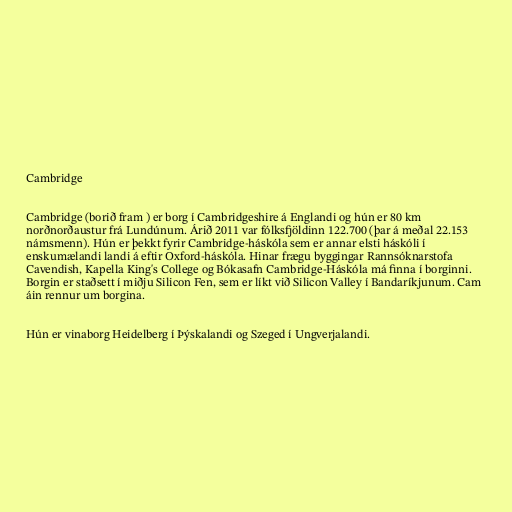
Cambridge

Cambridge (borið fram ) er borg í Cambridgeshire á Englandi og hún er 80 km
norðnorðaustur frá Lundúnum. Árið 2011 var fólksfjöldinn 122.700 (þar á meðal 22.153
námsmenn). Hún er þekkt fyrir Cambridge-háskóla sem er annar elsti háskóli í
enskumælandi landi á eftir Oxford-háskóla. Hinar frægu byggingar Rannsóknarstofa
Cavendish, Kapella King's College og Bókasafn Cambridge-Háskóla má finna í borginni.
Borgin er staðsett í miðju Silicon Fen, sem er líkt við Silicon Valley í Bandaríkjunum. Cam
áin rennur um borgina.

Hún er vinaborg Heidelberg í Þýskalandi og Szeged í Ungverjalandi.